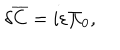
\delta { \overline { { C } } } = i \varepsilon \Pi _ { 0 } ,